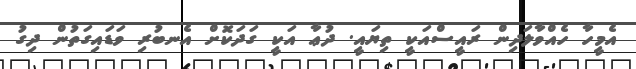
އެމީހާ ހެއްވާލަދިން ރައީސްއަކީ ތިޔައީ. ދުޢާ އަކީ ގަދަކޮށް އެނބުރި ވަޑައިގަތުން ދިގު